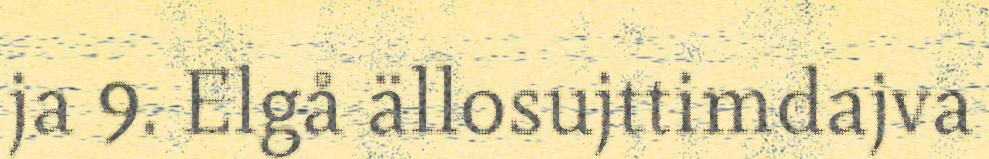
ja 9. Elgå ällosujttimdajva